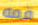
فمه